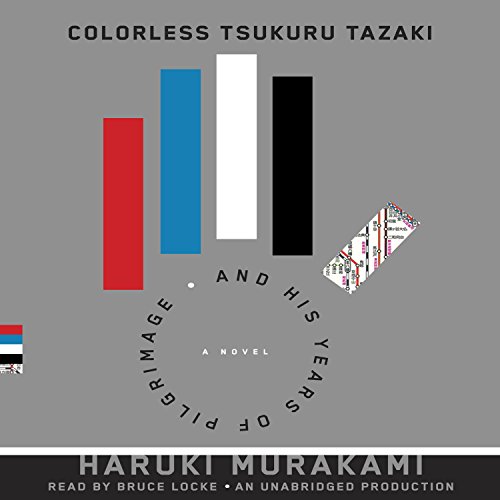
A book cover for Colorless Tsukuru Tazaki and his Years of Pilgrimage; Haruki Murakami; Science Fiction & Fantasy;